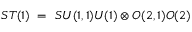
S T ( 1 ) ~ = ~ { \o { S U ( 1 , 1 ) } { U ( 1 ) } } \otimes { \o { O ( 2 , 1 ) } { O ( 2 ) } }